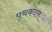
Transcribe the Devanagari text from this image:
पृथकदल